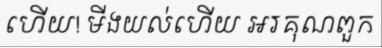
ហើយ! មីងយល់ហើយ អរគុណពួក